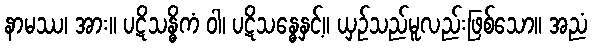
နာမဿ၊ အား။ ပဋိသန္ဓိကံ ဝါ၊ ပဋိသန္ဓေနှင့်။ ယှဉ်သည်မူလည်းဖြစ်သော။ အညံ